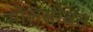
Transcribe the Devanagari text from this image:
सोलसोबत